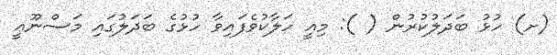
(ށ) ހުޅު ބަދަލުކުރުން ( ): މިއީ ހަލާކުވެފައިވާ ހުޅުގެ ބަދަލުގައި މަސްނޫޢީ